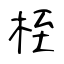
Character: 桎